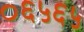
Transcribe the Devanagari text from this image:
०६५६५